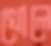
খোলে